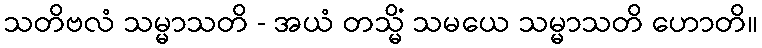
သတိဗလံ သမ္မာသတိ - အယံ တသ္မိံ သမယေ သမ္မာသတိ ဟောတိ။